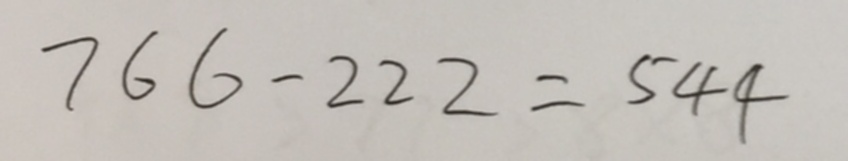
7 6 6 - 2 2 2 = 5 4 4